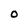
Character: O